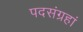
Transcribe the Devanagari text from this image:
पदसंग्रहां